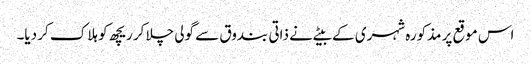
اس موقع پر مذکورہ شہری کے بیٹے نے ذاتی بندوق سے گولی چلا کر ریچھ کو ہلاک کر دیا۔